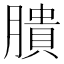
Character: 膭